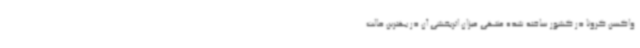
واکسن کرونا در کشور ساخته شده منتهی میزان اثربخشی آن در بهترین حالت